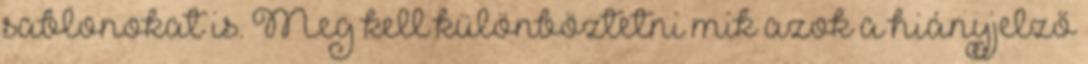
sablonokat is. Meg kell különböztetni mik azok a hiányjelző